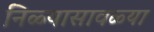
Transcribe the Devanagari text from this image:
निळ्यासावळ्या